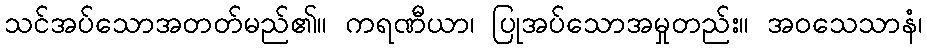
သင်အပ်သောအတတ်မည်၏။ ကရဏီယာ၊ ပြုအပ်သောအမှုတည်း။ အဝသေသာနံ၊